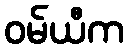
ဝမ်ယီက